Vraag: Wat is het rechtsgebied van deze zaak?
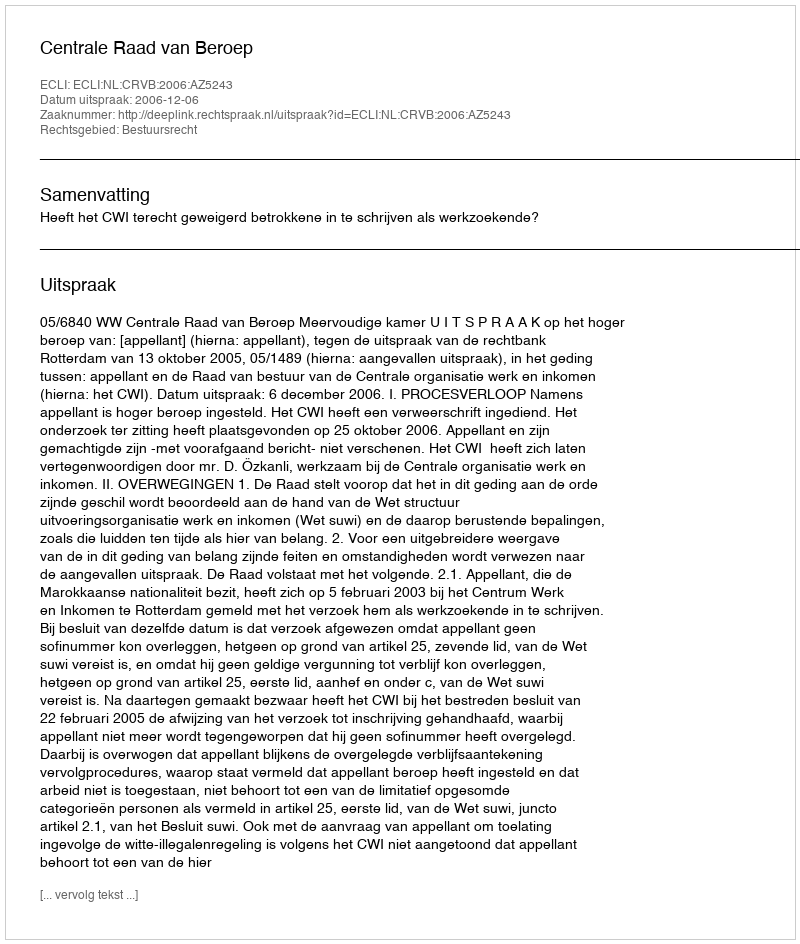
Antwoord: Bestuursrecht